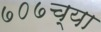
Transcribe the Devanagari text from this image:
७०७च्या